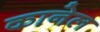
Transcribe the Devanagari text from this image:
कानेल